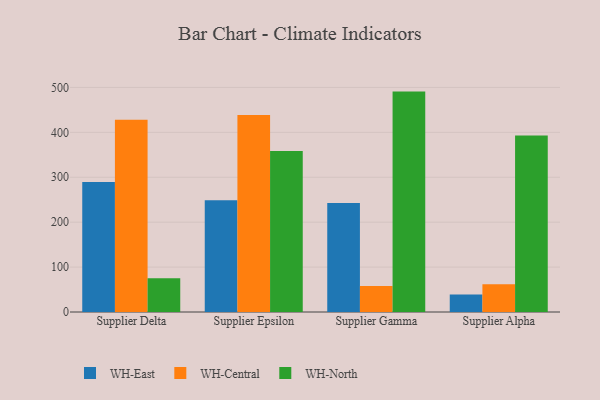
{"axis": {"x": "Supplier", "y": "Production Output"}, "legend": ["WH-Central", "WH-East", "WH-North"], "data": [{"x": "Supplier Delta", "y": 289.5, "type": "WH-East"}, {"x": "Supplier Delta", "y": 427.9, "type": "WH-Central"}, {"x": "Supplier Delta", "y": 75.1, "type": "WH-North"}, {"x": "Supplier Epsilon", "y": 249.0, "type": "WH-East"}, {"x": "Supplier Epsilon", "y": 438.5, "type": "WH-Central"}, {"x": "Supplier Epsilon", "y": 358.6, "type": "WH-North"}, {"x": "Supplier Gamma", "y": 242.6, "type": "WH-East"}, {"x": "Supplier Gamma", "y": 57.8, "type": "WH-Central"}, {"x": "Supplier Gamma", "y": 490.7, "type": "WH-North"}, {"x": "Supplier Alpha", "y": 39.1, "type": "WH-East"}, {"x": "Supplier Alpha", "y": 61.9, "type": "WH-Central"}, {"x": "Supplier Alpha", "y": 393.0, "type": "WH-North"}]}